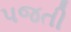
પજતી